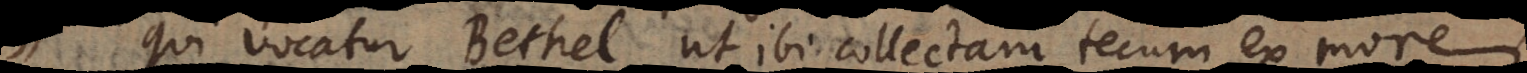
qui vocatur Bethel, ut ibi collectam tecum ex more